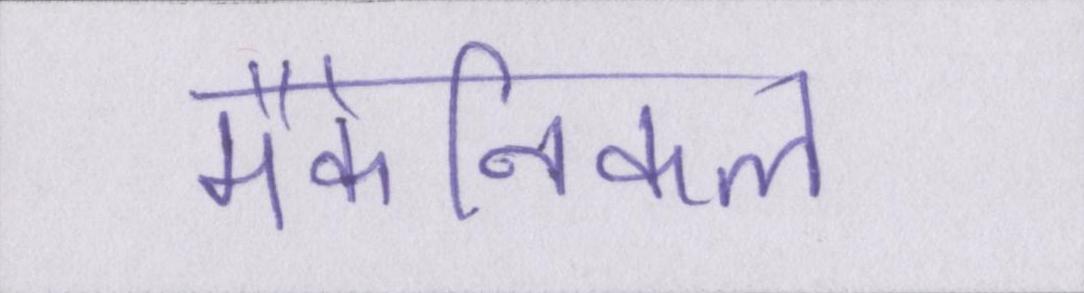
मैकेनिकल